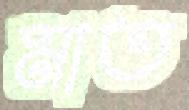
মাত